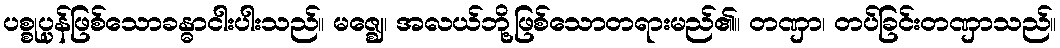
ပစ္စုပ္ပန်ဖြစ်သောခန္ဓာငါးပါးသည်။ မဇ္ဈေ၊ အလယ်ဘို့ဖြစ်သောတရားမည်၏။ တဏှာ၊ တပ်ခြင်းတဏှာသည်။